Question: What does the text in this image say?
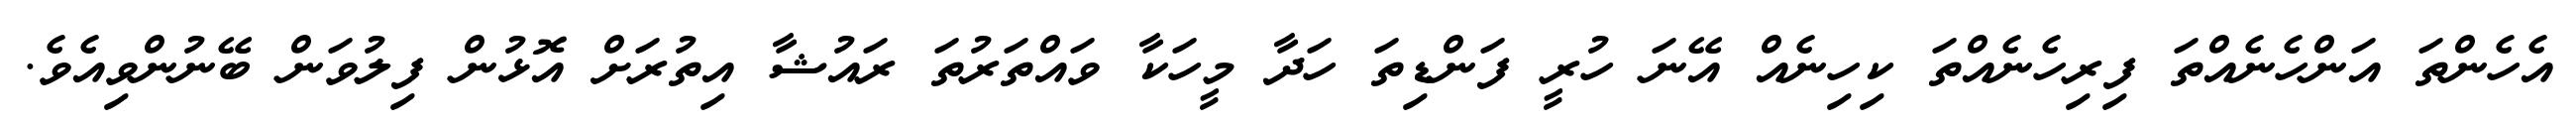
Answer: އެހެންތަ އަންހެނެއްތަ ފިރިހެނެއްތަ ކިހިނެއް އޭނަ ހުރީ ފަންޑިތަ ހަދާ މީހަކާ ވައްތަރުތަ ރައުޝާ އިތުރަށް އޮޅުން ފިލުވަން ބޭނުންވިއެވެ.